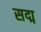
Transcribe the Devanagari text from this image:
सद्म